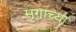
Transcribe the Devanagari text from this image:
मृगाच्या